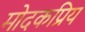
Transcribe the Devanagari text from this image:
मोदकप्रिय